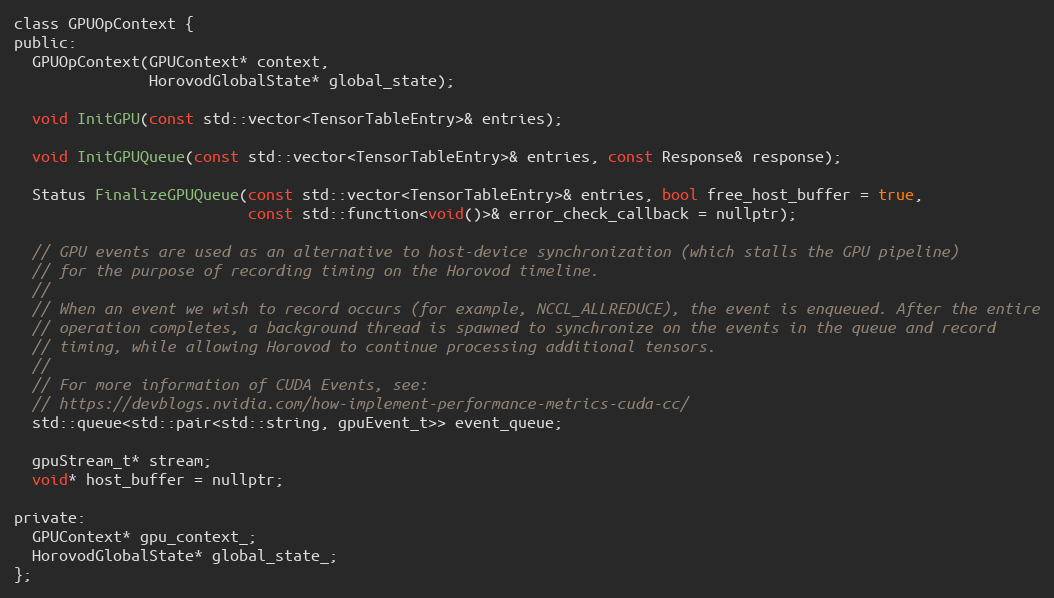
Language: C
class GPUOpContext {
public:
  GPUOpContext(GPUContext* context,
               HorovodGlobalState* global_state);

  void InitGPU(const std::vector<TensorTableEntry>& entries);

  void InitGPUQueue(const std::vector<TensorTableEntry>& entries, const Response& response);

  Status FinalizeGPUQueue(const std::vector<TensorTableEntry>& entries, bool free_host_buffer = true,
                          const std::function<void()>& error_check_callback = nullptr);

  // GPU events are used as an alternative to host-device synchronization (which stalls the GPU pipeline)
  // for the purpose of recording timing on the Horovod timeline.
  //
  // When an event we wish to record occurs (for example, NCCL_ALLREDUCE), the event is enqueued. After the entire
  // operation completes, a background thread is spawned to synchronize on the events in the queue and record
  // timing, while allowing Horovod to continue processing additional tensors.
  //
  // For more information of CUDA Events, see:
  // https://devblogs.nvidia.com/how-implement-performance-metrics-cuda-cc/
  std::queue<std::pair<std::string, gpuEvent_t>> event_queue;

  gpuStream_t* stream;
  void* host_buffer = nullptr;

private:
  GPUContext* gpu_context_;
  HorovodGlobalState* global_state_;
};